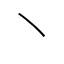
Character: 丶